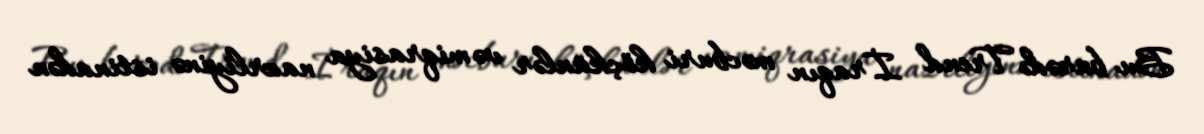
Bu barədə Trend İraqın məcburi köçkünlər və miqrasiya nazrliyinə istinadən